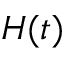
H ( t )